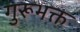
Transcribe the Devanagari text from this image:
गुरूभक्त